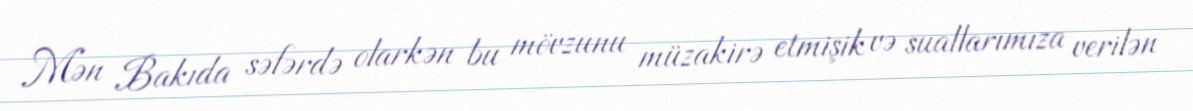
Mən Bakıda səfərdə olarkən bu mövzunu müzakirə etmişik və suallarımıza verilən